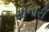
સોનારી